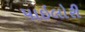
પાઇલોરી